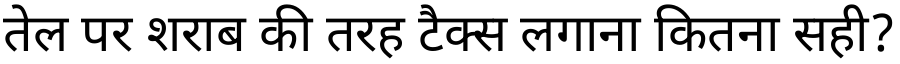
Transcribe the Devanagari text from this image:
तेल पर शराब की तरह टैक्स लगाना कितना सही?